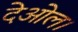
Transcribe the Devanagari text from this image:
देओल।